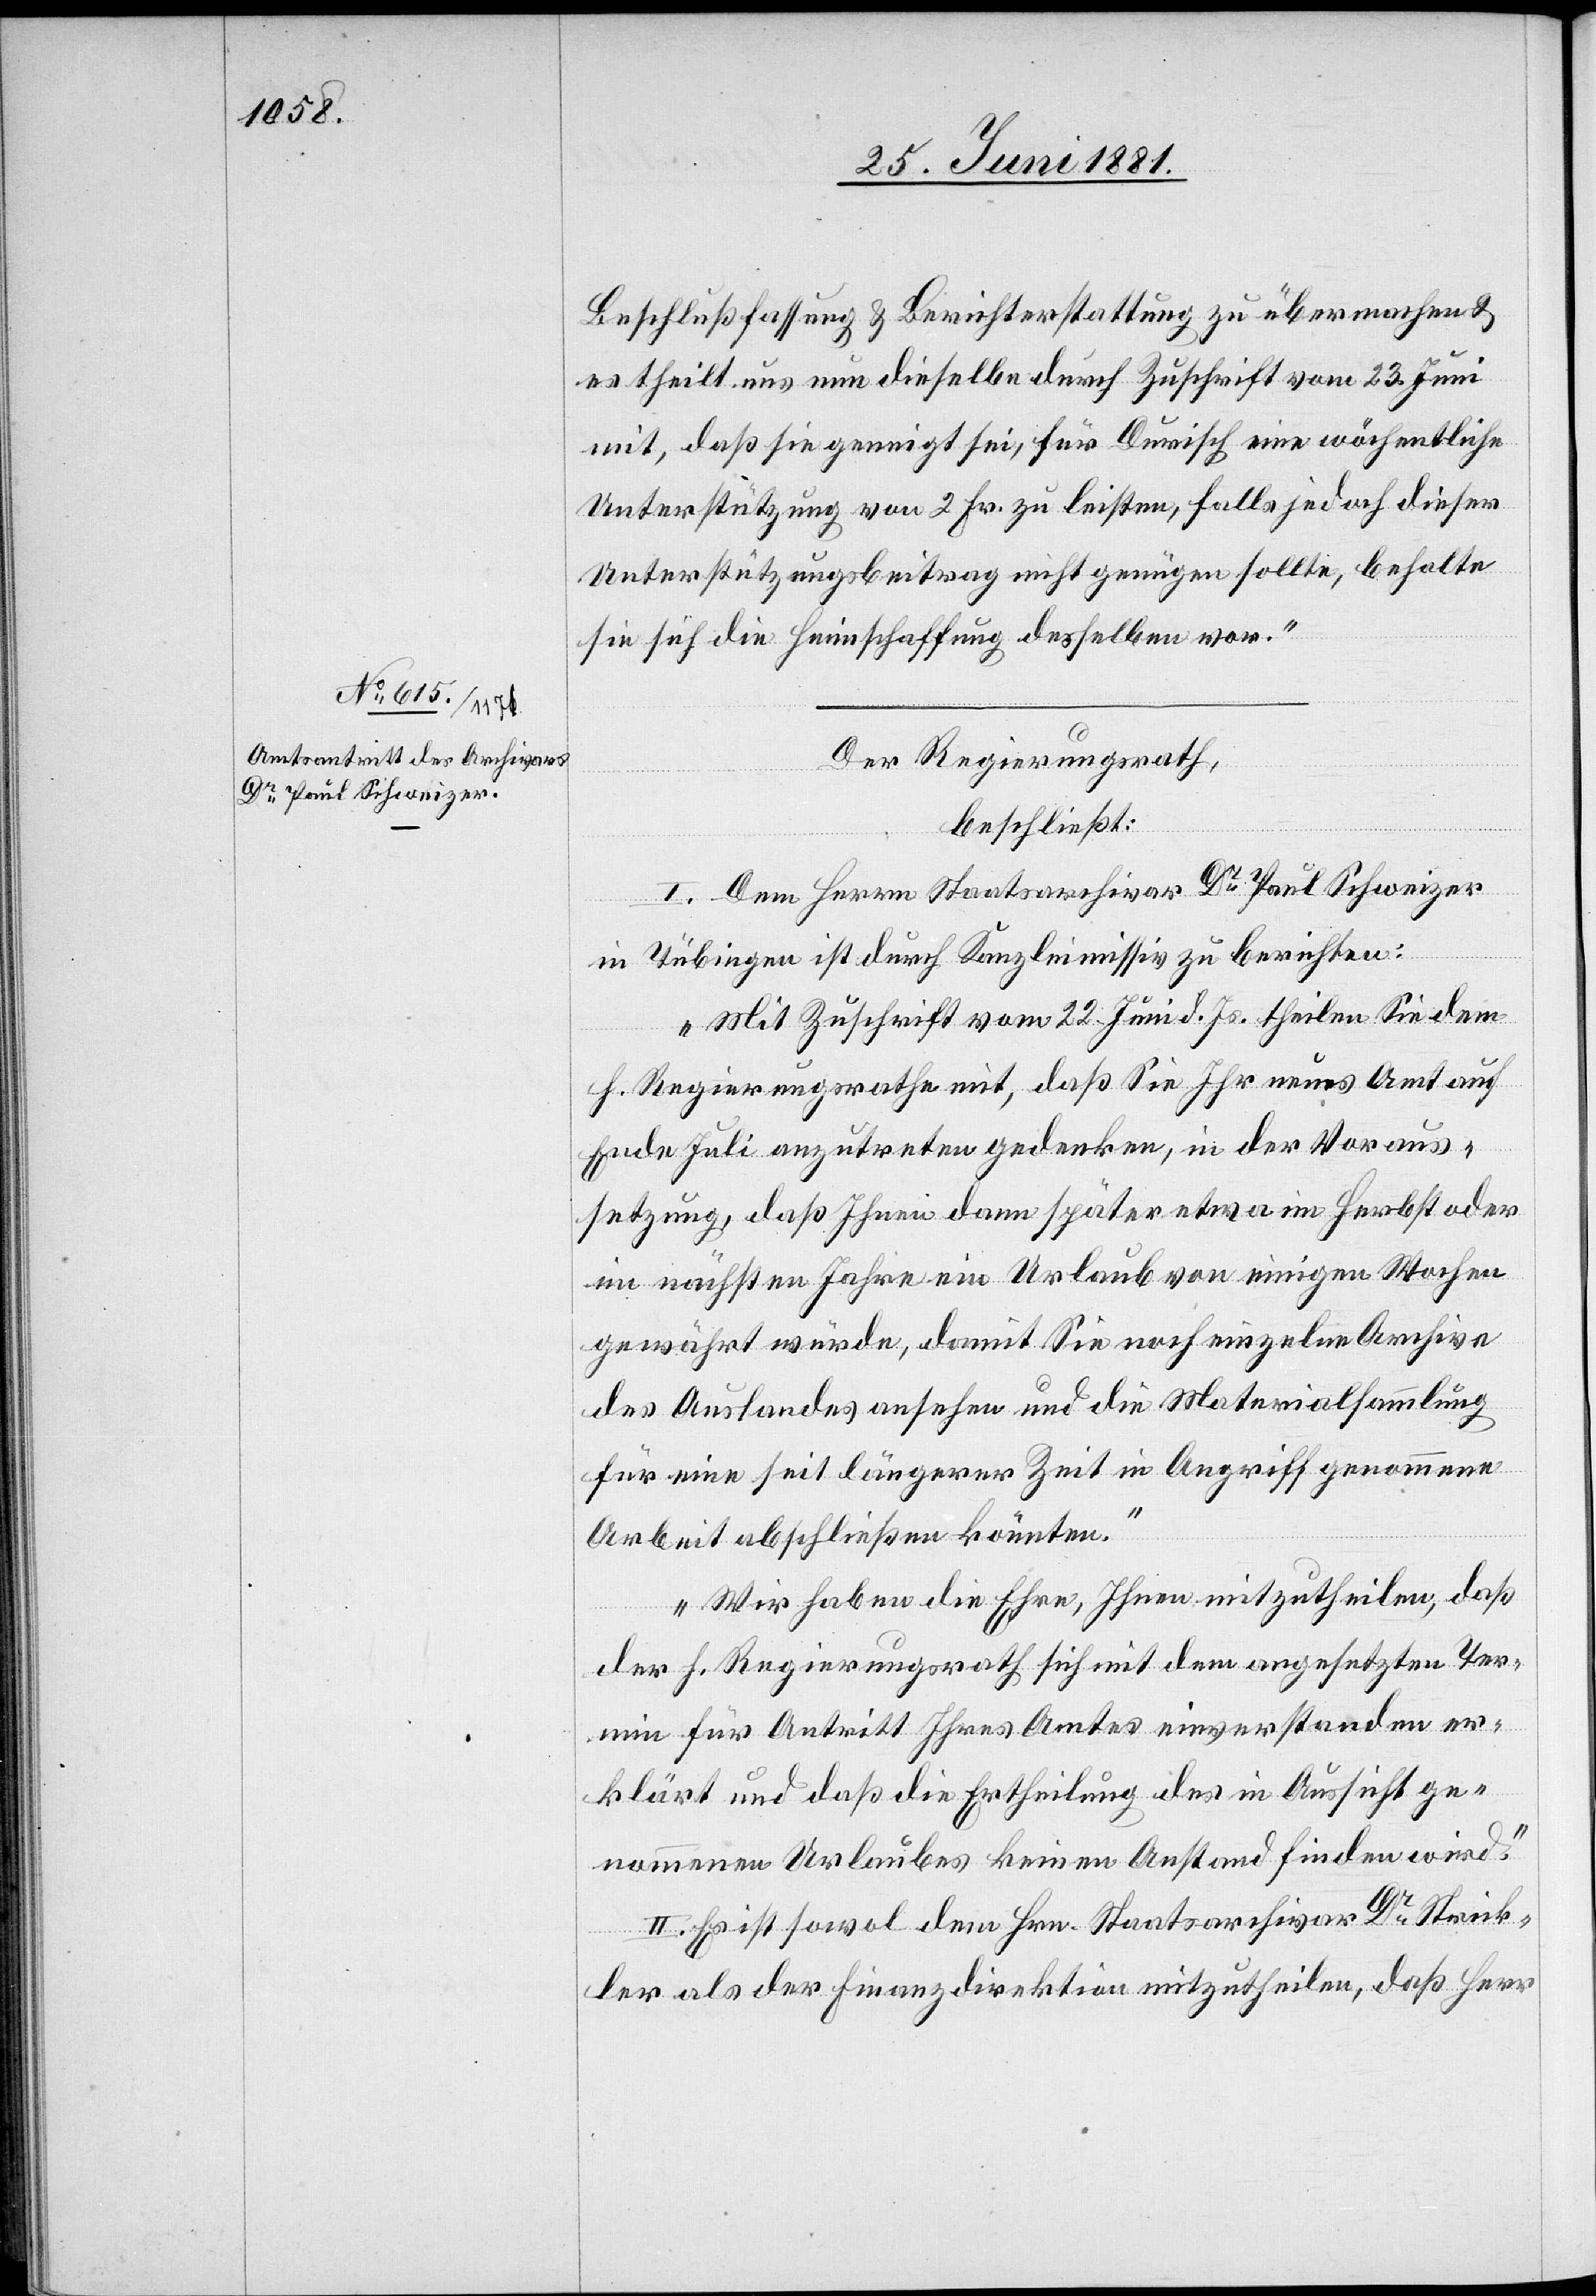
Beschlußfassung & Berichterstattung zu übermachen &
es theilt uns nun dieselbe durch Zuschrift vom 23. Juni
mit, daß sie geneigt sei, für Durisch eine wöchentliche
Unterstützung von 2 Fr. zu leisten, falls jedoch dieser
Unterstützungsbeitrag nicht genügen sollte, behalte
sie sich die Heimschaffung desselben vor.“
Der Regierungsrath,
beschließt:
I. Dem Herrn Staatsarchivar Dr Paul Schweizer
in Tübingen ist durch Kanzleimissiv zu berichten:
„Mit Zuschrift vom 22. Juni d. Js. theilen Sie dem
h. Regierungsrathe mit, daß Sie Ihr neues Amt auf
Ende Juli anzutreten gedenken, in der Voraus¬
setzung, daß Ihnen dann später etwa im Herbst oder
im nächsten Jahre ein Urlaub von einigen Wochen
gewährt würde, damit Sie noch einzelne Archive
des Auslandes ansehen und die Materialsammlung
für eine seit längerer Zeit in Angriff genommene
Arbeit abschließen könnten.
Wir haben die Ehre, Ihnen mitzutheilen, daß
der h. Regierungsrath sich mit dem angesetzten Ter¬
min für Antritt Ihres Amtes einverstanden er¬
klärt und daß die Ertheilung des in Aussicht ge¬
nommenen Urlaubes keinen Anstand finden wird.“
II. Es ist sowol dem Hrn. Staatsarchivar Dr Strick¬
ler als der Finanzdirektion mitzutheilen, daß Herr